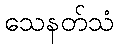
သေနတ်သံ